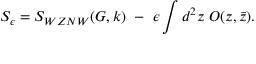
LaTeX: S _ { \epsilon } = S _ { W Z N W } ( G , k ) ~ - ~ \epsilon \int d ^ { 2 } z ~ O ( z , \bar { z } ) .